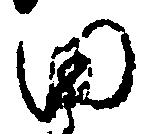
田